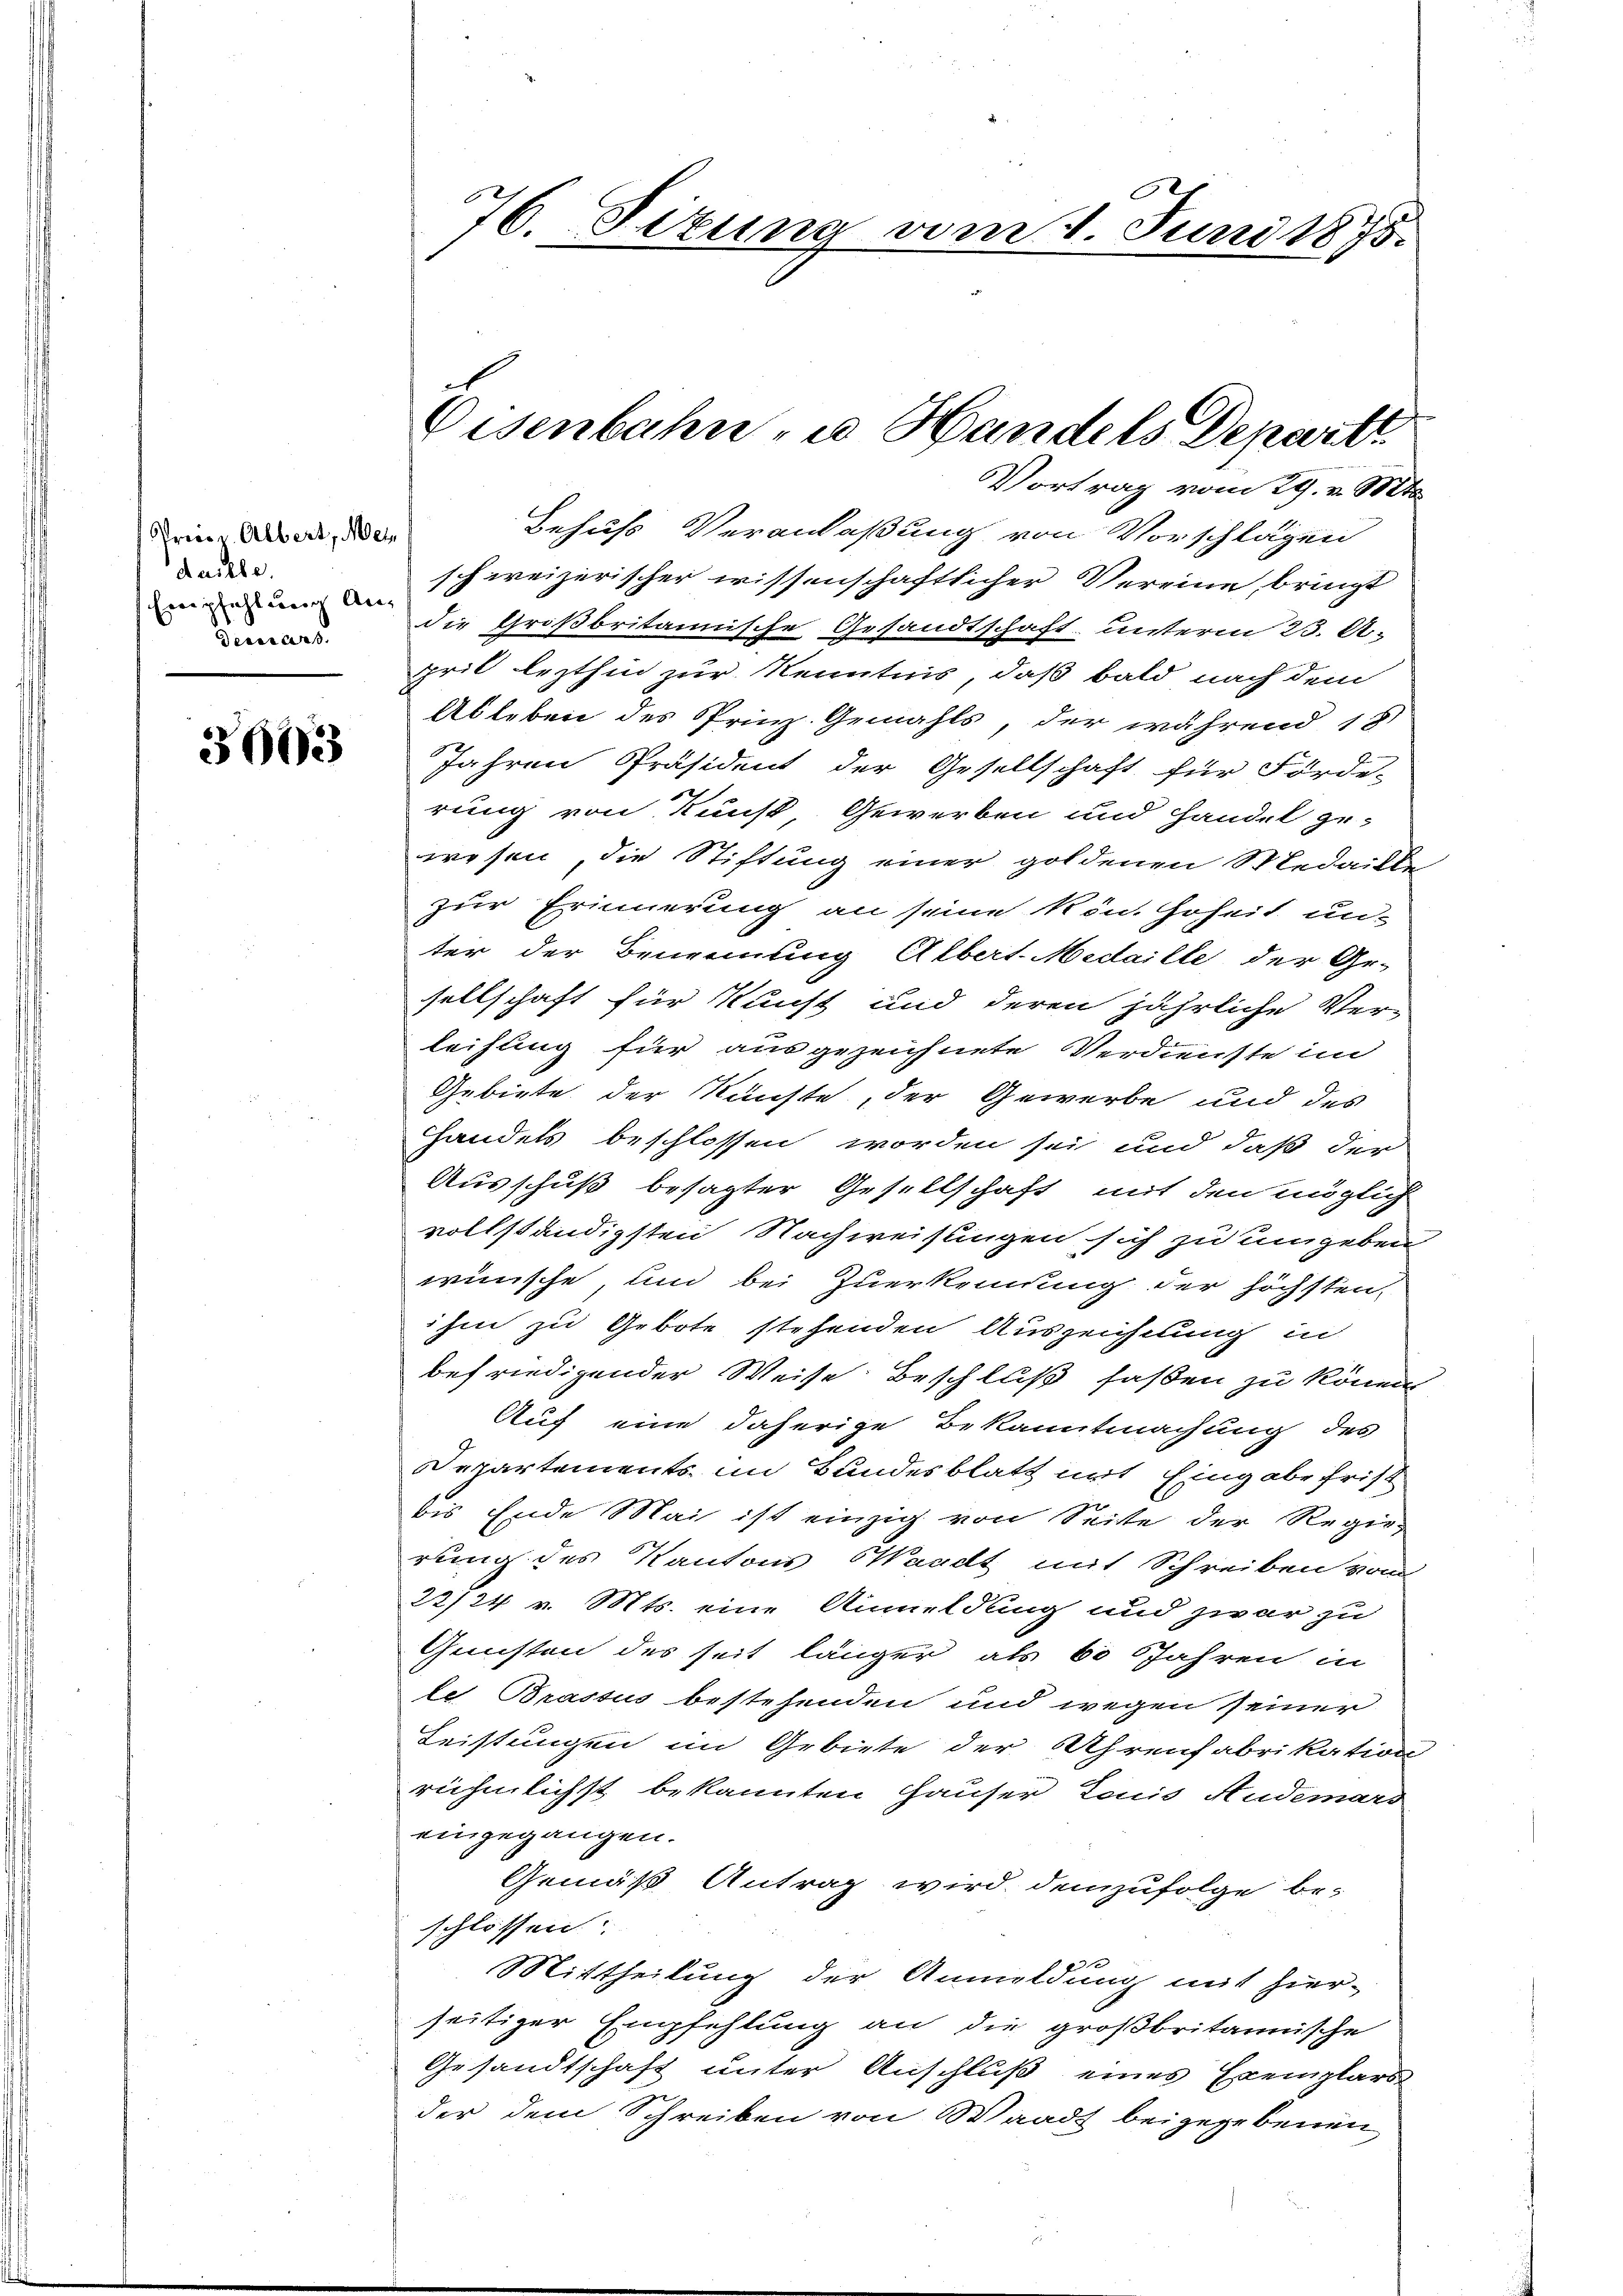
Preise. Albert, Mein
daille.
Derars.

3603

schweizerischer wissenschaftlicher Vereine bringt
mien und die Großbritannische Gesandtschaft unterm 23. A.
pril lezthin zur Kenntnis, daß bald nach dem
Ableben des Prinz. Gemahls, der während 18.
Jahren Präsident der Gesellschaft für Förde-
rung von Kunst, Gewerben und Handel ge-
wesen, die Stiftung einer goldenen Medaille
zur Erinnerung an seine kön. Hoheit un-
ter der Benennung Albert-Medaille der Ge-
sellschaft für Kunst und deren jährliche Ver-
leihung für ausgezeichnete Verdienste im
Gebiete der Künste, der Gewerbe und des
Handels beschlossen worden sei und daß der
Ausschuß besagter Gesellschaft mit den möglich
vollständigsten Nachweisungen sich zu umgeben
wünsche, und bei Zuerkennung der höchsten,
ihm zu Gebote stehenden Auszeichnung in
befriedigender Weise Beschluß faßen zu können
Auf eine daherige Bekanntmachung des
Departements im Bundesblatt mit Eingabe frist
bis Ende Mai ist einzig von Seite der Regie-
rung des Kantons Waadt mit Schreiben vom
22/24 v. Mts. eine Anmeldung und zwar zu
Gunsten des seit länger als 60 Jahren in
le Brassus bestehenden und wegen seiner
Leistungen im Gebiete der Uhrenfabrikation
rühmlichst bekannten Hauser Lonis Audemars
eingegangen.
Gemäß Antrag wird demzufolge be-
schlossen:
Mittheilung der Anmeldung mit hier-
seitiger Empfehlung an die großbritannische
Gesandtschaft unter Anschluß eines Exemplars
der dem Schreiben von Waadt beigegebenen

76. Sizung vom 1. Juni 1875.

Eisenbahn zu Handels Deparitt.
Vortrag vom 29. v. Mts.
Behufs Veranlaßung von Vorschlägen